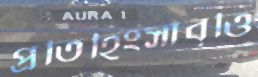
প্রতিহিংসাবৃত্তি